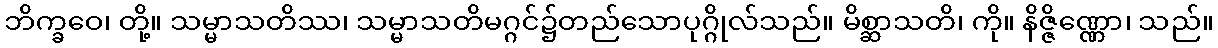
ဘိက္ခဝေ၊ တို့။ သမ္မာသတိဿ၊ သမ္မာသတိမဂ္ဂင်၌တည်သောပုဂ္ဂိုလ်သည်။ မိစ္ဆာသတိ၊ ကို။ နိဇ္ဇိဏ္ဏော၊ သည်။